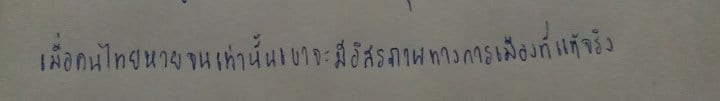
เมื่อคนไทยหายจนเท่านั้นเขาจะมีอิสรภาพทางการเมืองที่แท้จริง